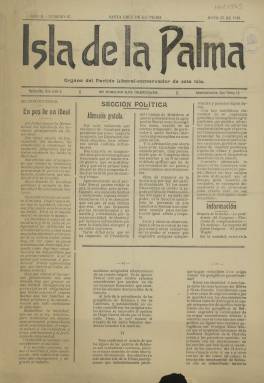
Título: Isla de la Palma (Partido Liberal-Conservador)
Colección: Periódicos
Ámbito geográfico: Santa Cruz de Tenerife
Lugar de publicación: Santa Cruz de la Palma [Santa Cruz de Tenerife]
Fechas: 25/05/1910-25/05/1910